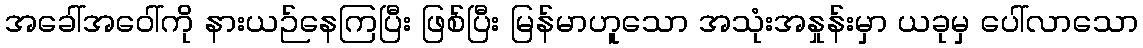
အခေါ်အဝေါ်ကို နားယဉ်နေကြပြီး ဖြစ်ပြီး မြန်မာဟူသော အသုံးအနှုန်းမှာ ယခုမှ ပေါ်လာသော